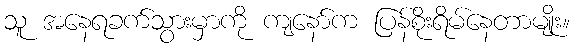
သူ အနေရခက်သွားမှာကို ကျနော်က ပြန်စိုးရိမ်နေတာမျိုး။